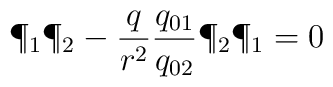
\P_1 \P_2-{q\over r^2}{q_{01} \over q_{02}}\P_2 \P_1=0